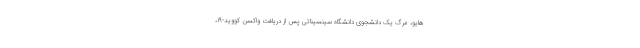
هایو،‌ مرگ یک دانشجوی دانشگاه سینسیناتی پس از دریافت واکسن کووید-۱۹،